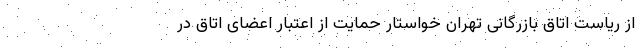
از ریاست اتاق بازرگانی تهران خواستار حمایت از اعتبار اعضای اتاق در